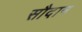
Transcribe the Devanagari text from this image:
सौदान